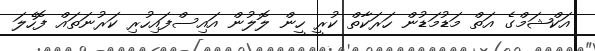
އަކްޝަމްގެ އަތް މަޑުމަޑުން ހަރަކާތް ކުރީ ހީން ލޮލުން އައިސްފައިހުރި ކަރުނަތައް ފޮހެލަ